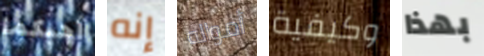
أحبكما إنه أمواله وكيفية بهذا